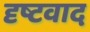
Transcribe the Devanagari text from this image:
दृष्टवाद